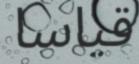
قياسا